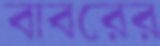
বাবরের